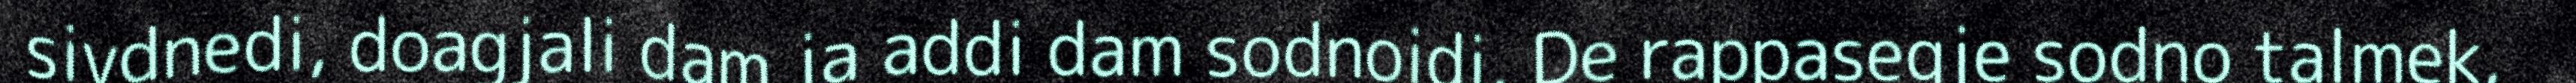
sivdnedi, doagjali dam ja addi dam sodnoidi. De rappasegje sodno talmek,